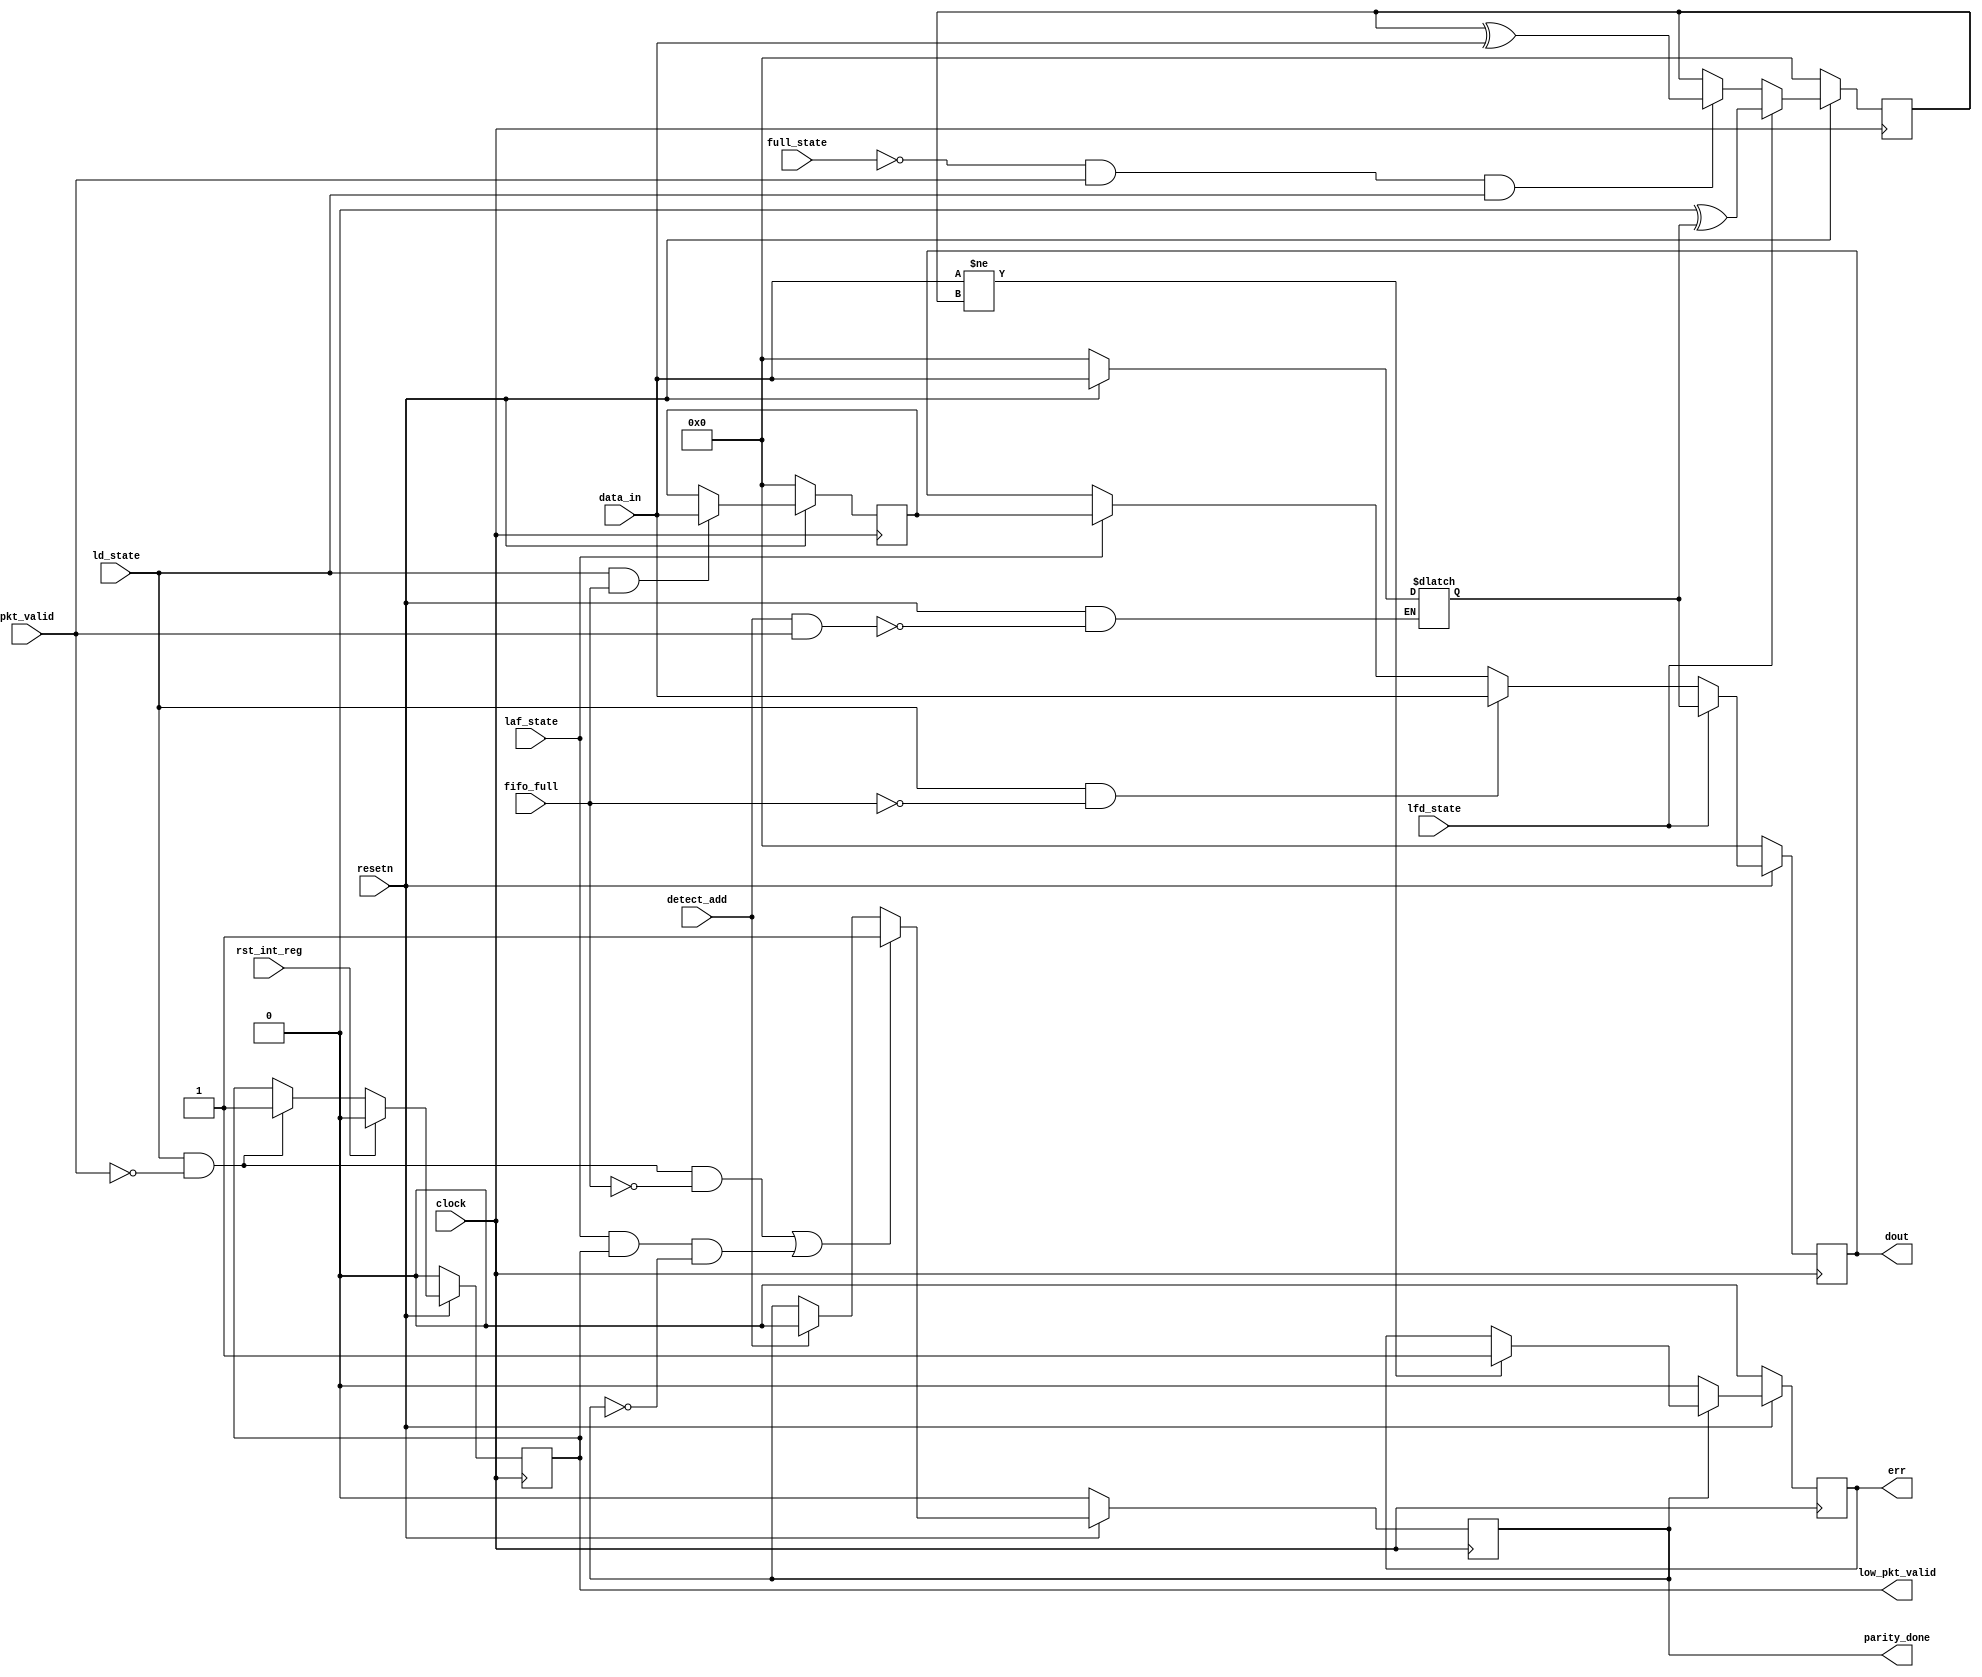
module router_reg (clock, resetn, pkt_valid, data_in,fifo_full,rst_int_reg,detect_add,
                    ld_state, laf_state, full_state, lfd_state,
                    parity_done, low_pkt_valid, err, dout);

input   clock,
        resetn,
        pkt_valid,
        fifo_full,
        rst_int_reg,
        detect_add,
        ld_state,
        laf_state, 
        full_state,
        lfd_state;

input wire [7:0] data_in;

output reg  parity_done = 0;
output reg low_pkt_valid = 1;
output reg  err = 0;

output reg [7:0] dout = 0;

reg [7:0] header_byte = 0;
reg [7:0] FFS_byte = 0;
reg [7:0] internal_parity_byte = 0;
reg [7:0] packet_parity_byte = 0;
reg packet_parity_loaded = 0;
wire [7:0] bus_to_dout [4:0];

wire ld_and_not_pkt_valid;

assign ld_and_not_pkt_valid = ld_state & ~pkt_valid;

//Header Byte Latching
always @(resetn, detect_add, pkt_valid)begin
    if(!resetn)begin
        header_byte <= 0;
    end
    else if(detect_add && pkt_valid)begin
        header_byte <= data_in;
    end
end

// To Latch FFS_byte
always @(posedge clock) begin
    if(!resetn)begin
        FFS_byte <= 0;
    end
    else if(ld_state && fifo_full)begin
        FFS_byte <= data_in;
    end
end

// For doing the XOR operation and stroing result in internal parity register
always @(posedge clock)begin
    if(!resetn)begin
        internal_parity_byte <= 0;
    end
    else begin
        if( lfd_state) begin
            internal_parity_byte = 0;
            internal_parity_byte <= internal_parity_byte ^header_byte;
        end
        else if(!full_state && pkt_valid && ld_state)begin
            internal_parity_byte <= internal_parity_byte ^ data_in;
        end
        else begin
            internal_parity_byte <= internal_parity_byte;
        end
	end
end

// To set/reset packet_parity_byte
always @(posedge clock) begin
    if(!resetn)begin
        packet_parity_byte <= 0;
    end
    else begin
        if(parity_done) begin
				packet_parity_byte <= data_in;
				packet_parity_loaded <= 1;
        end
		  else begin
				packet_parity_loaded <= 0;
		end
    end
end

// To set/ reset parity_done
always @(posedge clock) begin
    if(!resetn)begin
        parity_done <= 0;
    end
    else if ((ld_and_not_pkt_valid && !fifo_full) || (laf_state & low_pkt_valid && ~parity_done))begin
        parity_done <= 1;
    end
    else if(detect_add)begin
        parity_done <= 0;
    end
end

// To set/reset low_pkt_valid
always @(posedge clock) begin
    if(!resetn)begin
        low_pkt_valid <= 0;
    end
	 else if(rst_int_reg)begin
			low_pkt_valid <= 0;
		end
    else if(ld_state & ~pkt_valid)begin
        low_pkt_valid <= 1;
    end
end

//TO set/reset ERR
always @(posedge clock) begin
    if(!resetn)begin
        err <= 0;
    end
    else if(parity_done) begin
        if(data_in != internal_parity_byte)begin
            err <= 1;
        end
    end
    else begin
        err <= 0;
    end
end

//Latching Byte to DOUT  , posedge ld_state, posedge laf_state
always @(posedge clock)begin
    if(!resetn)begin
        dout <= 0;
    end
    else if(lfd_state)begin
        dout <= header_byte;
    end
    else if(ld_state & ~ fifo_full)begin
        dout <= data_in;
    end
    else if(laf_state)begin
        dout <= FFS_byte;
    end
    else
        dout <= dout;
end

endmodule